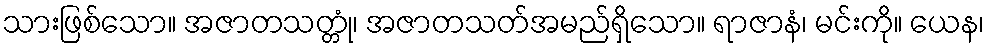
သားဖြစ်သော။ အဇာတသတ္တုံ၊ အဇာတသတ်အမည်ရှိသော။ ရာဇာနံ၊ မင်းကို။ ယေန၊